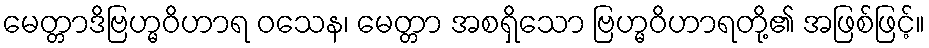
မေတ္တာဒိဗြဟ္မဝိဟာရ ဝသေန၊ မေတ္တာ အစရှိသော ဗြဟ္မဝိဟာရတို့၏ အဖြစ်ဖြင့်။